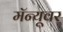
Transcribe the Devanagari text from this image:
मॅन्यूवर